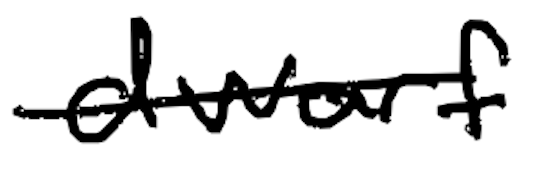
Text: dwarf
Cross-out: single-line
Writing tool: digital_black